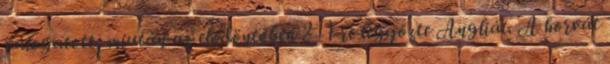
válogatott, miután az elődöntőben 2–1-re legyőzte Angliát. A horvát